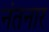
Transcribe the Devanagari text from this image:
नंतनार